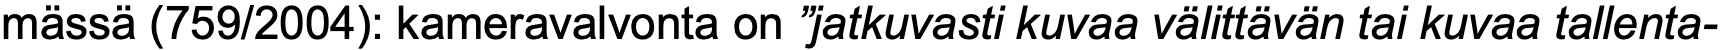
mässä (759/2004): kameravalvonta on ”jatkuvasti kuvaa välittävän tai kuvaa tallenta-